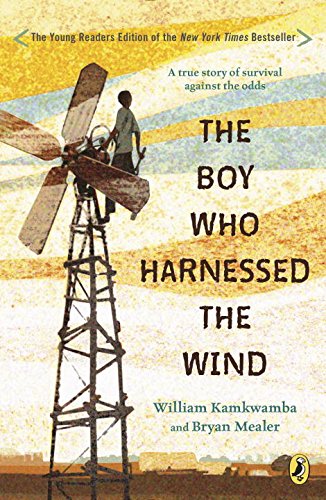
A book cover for The Boy Who Harnessed the Wind; William Kamkwamba; Children's Books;